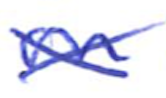
Text: on
Cross-out: cross
Writing tool: ballpoint